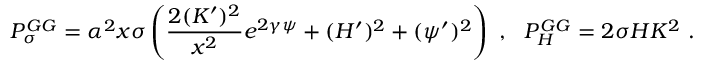
P _ { \sigma } ^ { G G } = \alpha ^ { 2 } x \sigma \left( \frac { 2 ( K ^ { \prime } ) ^ { 2 } } { x ^ { 2 } } e ^ { 2 \gamma \psi } + ( H ^ { \prime } ) ^ { 2 } + ( \psi ^ { \prime } ) ^ { 2 } \right) \ , \ \ P _ { H } ^ { G G } = 2 \sigma H K ^ { 2 } \ .